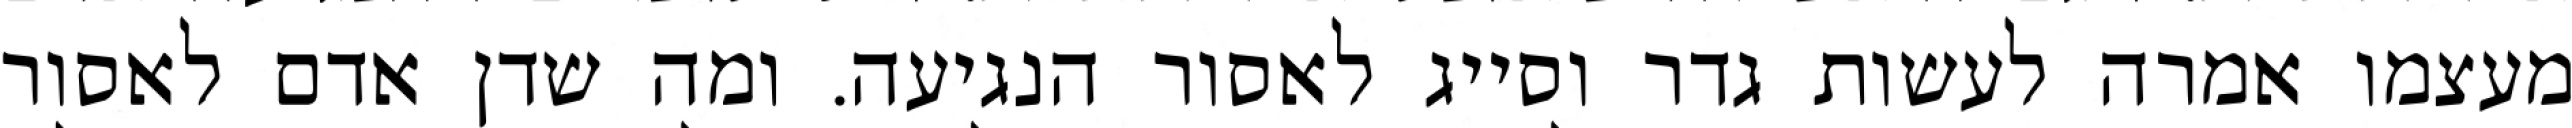
מעצמו אמרה לעשות גדר וסייג לאסור הנגיעה. ומה שדן אדם לאסור